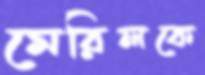
মেরিলকে